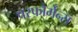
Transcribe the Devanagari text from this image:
परफौर्मेन्स